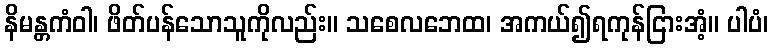
နိမန္တကံဝါ၊ ဖိတ်ပန်သောသူကိုလည်း။ သစေလဘေထ၊ အကယ်၍ရကုန်ငြားအံ့။ ပါပံ၊